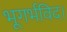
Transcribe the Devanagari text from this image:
भूगर्भविद।